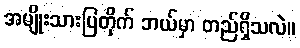
အမျိုးသားပြတိုက် ဘယ်မှာ တည်ရှိသလဲ။